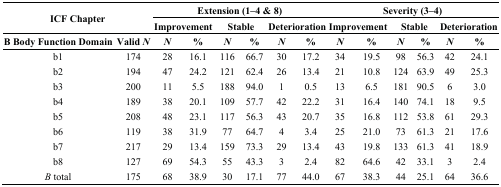
| <ROWSPAN=2-COLSPAN=2> ICF Chapter | <COLSPAN=6> Extension (1–4 & 8) | <COLSPAN=6> Severity (3–4) |
 | <COLSPAN=2> Improvement | <COLSPAN=2> Stable | <COLSPAN=2> Deterioration | <COLSPAN=2> Improvement | <COLSPAN=2> Stable | <COLSPAN=2> Deterioration |
 | B Body Function Domain | Valid N | N | % | N | % | N | % | N | % | N | % | N | % |
 | --- | --- | --- | --- | --- | --- | --- | --- | --- | --- | --- | --- | --- | --- |
 | b1 | 174 | 28 | 16.1 | 116 | 66.7 | 30 | 17.2 | 34 | 19.5 | 98 | 56.3 | 42 | 24.1 |
 | b2 | 194 | 47 | 24.2 | 121 | 62.4 | 26 | 13.4 | 21 | 10.8 | 124 | 63.9 | 49 | 25.3 |
 | b3 | 200 | 11 | 5.5 | 188 | 94.0 | 1 | 0.5 | 13 | 6.5 | 181 | 90.5 | 6 | 3.0 |
 | b4 | 189 | 38 | 20.1 | 109 | 57.7 | 42 | 22.2 | 31 | 16.4 | 140 | 74.1 | 18 | 9.5 |
 | b5 | 208 | 48 | 23.1 | 117 | 56.3 | 43 | 20.7 | 35 | 16.8 | 112 | 53.8 | 61 | 29.3 |
 | b6 | 119 | 38 | 31.9 | 77 | 64.7 | 4 | 3.4 | 25 | 21.0 | 73 | 61.3 | 21 | 17.6 |
 | b7 | 217 | 29 | 13.4 | 159 | 73.3 | 29 | 13.4 | 43 | 19.8 | 133 | 61.3 | 41 | 18.9 |
 | b8 | 127 | 69 | 54.3 | 55 | 43.3 | 3 | 2.4 | 82 | 64.6 | 42 | 33.1 | 3 | 2.4 |
 | B total | 175 | 68 | 38.9 | 30 | 17.1 | 77 | 44.0 | 67 | 38.3 | 44 | 25.1 | 64 | 36.6 |